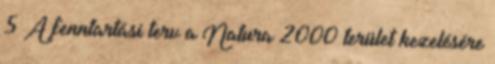
5 A fenntartási terv a Natura 2000 terület kezelésére